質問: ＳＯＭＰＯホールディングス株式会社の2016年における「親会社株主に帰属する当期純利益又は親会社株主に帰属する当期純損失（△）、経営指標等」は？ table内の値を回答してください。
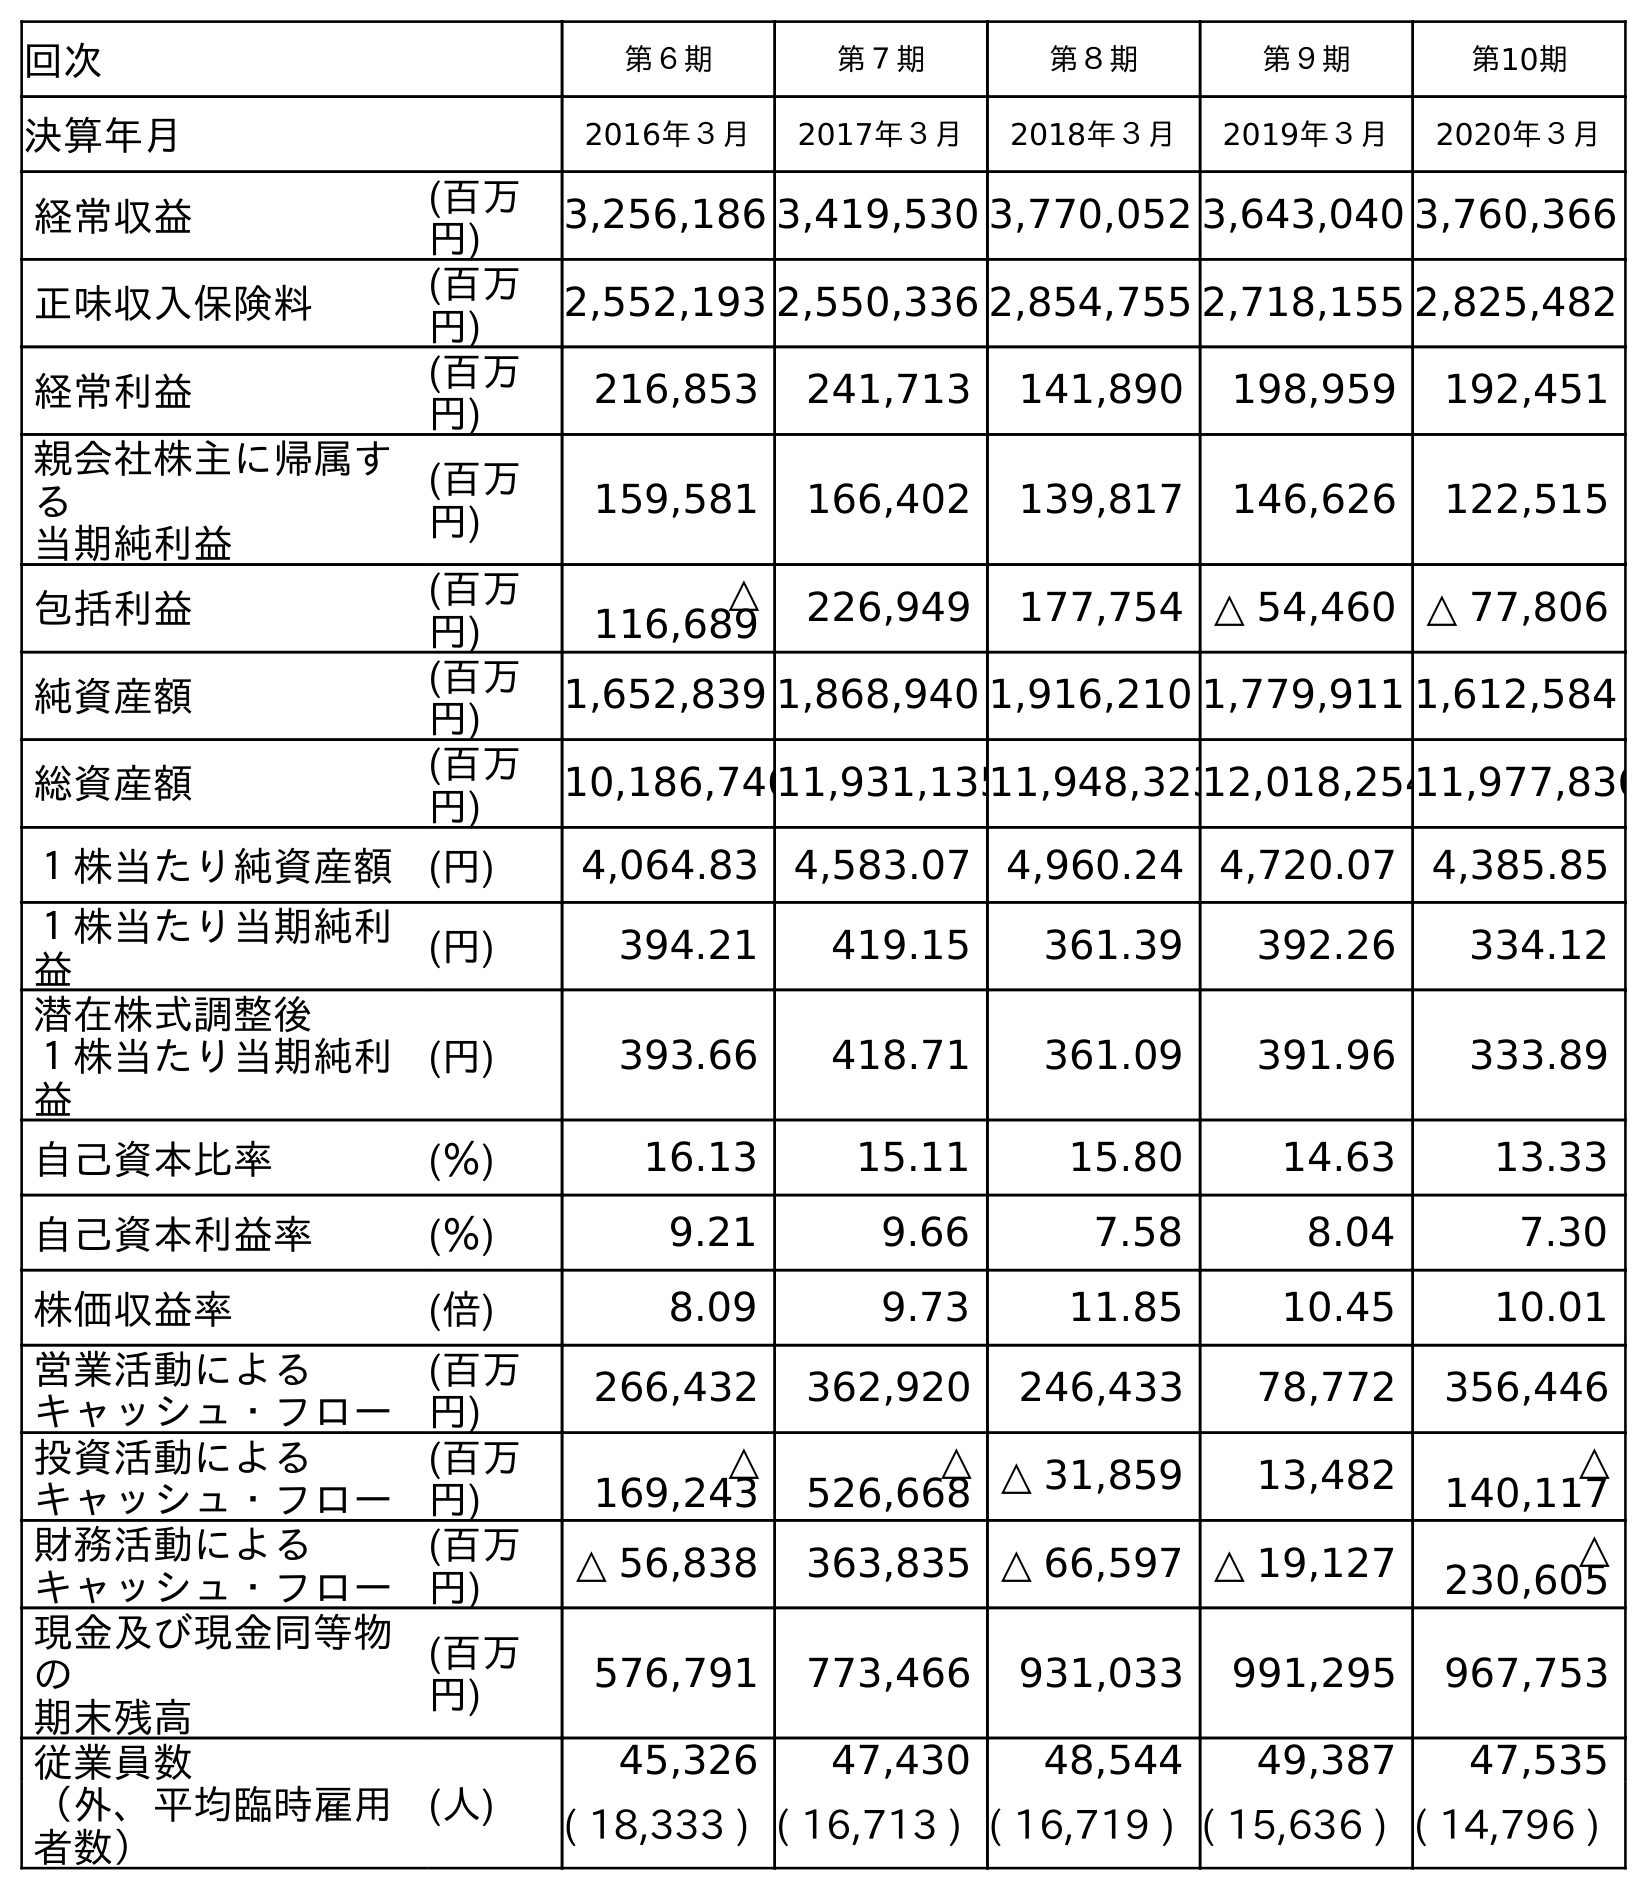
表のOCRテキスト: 回次 第６期 第７期 第８期 第９期 第10期 決算年月 2016年３月 2017年３月 2018年３月 2019年３月 2020年３月 経常収益 (百万 円) 3,256,186 3,419,530 3,770,052 3,643,040 3,760,366 正味収入保険料 (百万 円) 2,552,193 2,550,336 2,854,755 2,718,155 2,825,482 経常利益 (百万 円) 216,853 241,713 141,890 198,959 192,451 親会社株主に帰属す る 当期純利益 (百万 円) 159,581 166,402 139,817 146,626 122,515 包括利益 (百万 円) △ 116,689 226,949 177,754 △ 54,460 △ 77,806 純資産額 (百万 円) 1,652,839 1,868,940 1,916,210 1,779,911 1,612,584 総資産額 (百万 円) 10,186,74611,931,13511,948,32312,018,25411,977,836 １株当たり純資産額 (円) 4,064.83 4,583.07 4,960.24 4,720.07 4,385.85 １株当たり当期純利 益 (円) 394.21 419.15 361.39 392.26 334.12 潜在株式調整後 １株当たり当期純利 益 (円) 393.66 418.71 361.09 391.96 333.89 自己資本比率 (％) 16.13 15.11 15.80 14.63 13.33 自己資本利益率 (％) 9.21 9.66 7.58 8.04 7.30 株価収益率 (倍) 8.09 9.73 11.85 10.45 10.01 営業活動による キャッシュ・フロー (百万 円) 266,432 362,920 246,433 78,772 356,446 投資活動による キャッシュ・フロー (百万 円) △ 169,243 △ 526,668 △ 31,859 13,482 △ 140,117 財務活動による キャッシュ・フロー (百万 円) △ 56,838 363,835 △ 66,597 △ 19,127 △ 230,605 現金及び現金同等物 の 期末残高 (百万 円) 576,791 773,466 931,033 991,295 967,753 従業員数 (人) 45,326 47,430 48,544 49,387 47,535 （外、平均臨時雇用 者数） ( 18,333 ) ( 16,713 ) ( 16,719 ) ( 15,636 ) ( 14,796 )
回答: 159,581